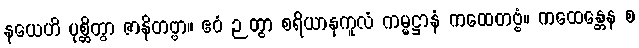
နယေဟိ ပုစ္ဆိတွာ ဇာနိတဗ္ဗာ။ ဧဝံ ဉတွာ စရိယာနုကူလံ ကမ္မဋ္ဌာနံ ကထေတဗ္ဗံ။ ကထေန္တေန စ